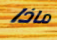
ماذا